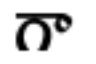
గా